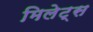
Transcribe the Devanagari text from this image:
मिलेट्स